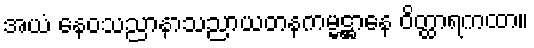
အယံ နေဝသညာနာသညာယတနကမ္မဋ္ဌာနေ ဝိတ္ထာရကထာ။